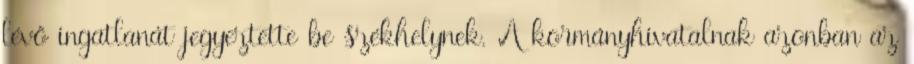
lévő ingatlanát jegyeztette be székhelynek. A kormányhivatalnak azonban az